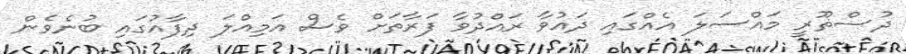
ދުސްޡޫރީ މައްސަލަ އެއްގައި ދައުވާ ރައްދުވާ ފަރާތަށް ވެސް އަމިއްލަ ދިފާއުގައި ބުނެވެން